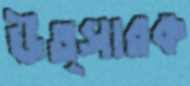
উত্সারক